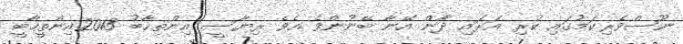
ނޫސްވެރިކަމުގައި ކުރި އަރައި ދާން އޭނާ ބޭނުންވެ އެވެ ރިޔާސީ އިންތިހާބު 2013އިންތީހާބީ